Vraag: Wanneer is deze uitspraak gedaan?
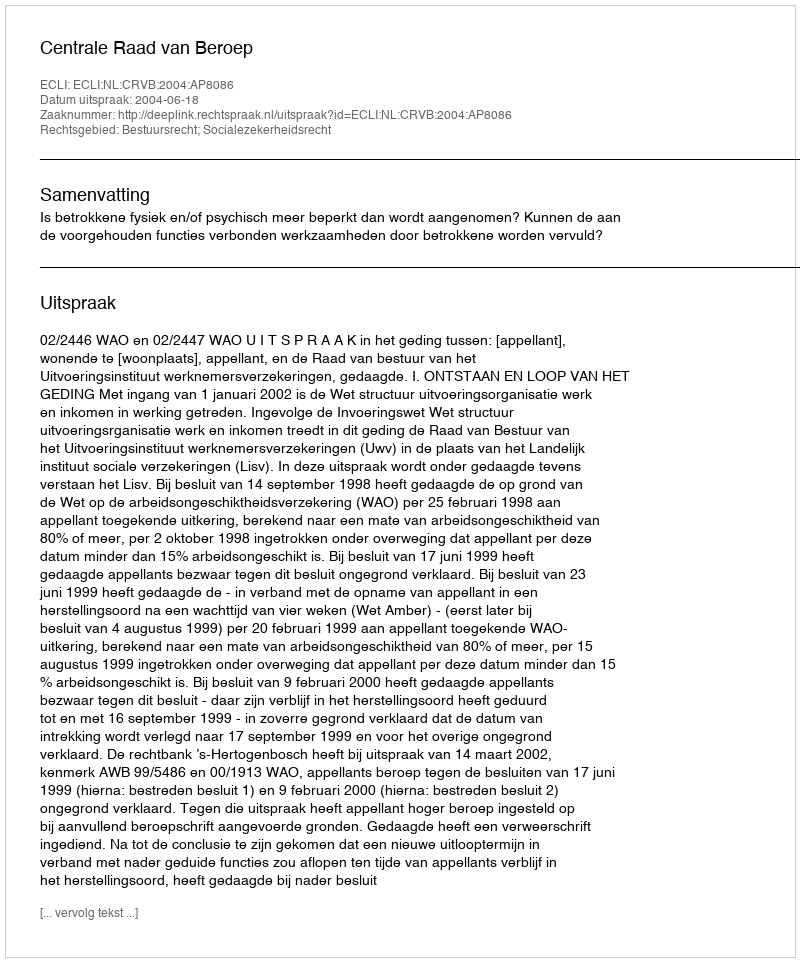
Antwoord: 2004-06-18